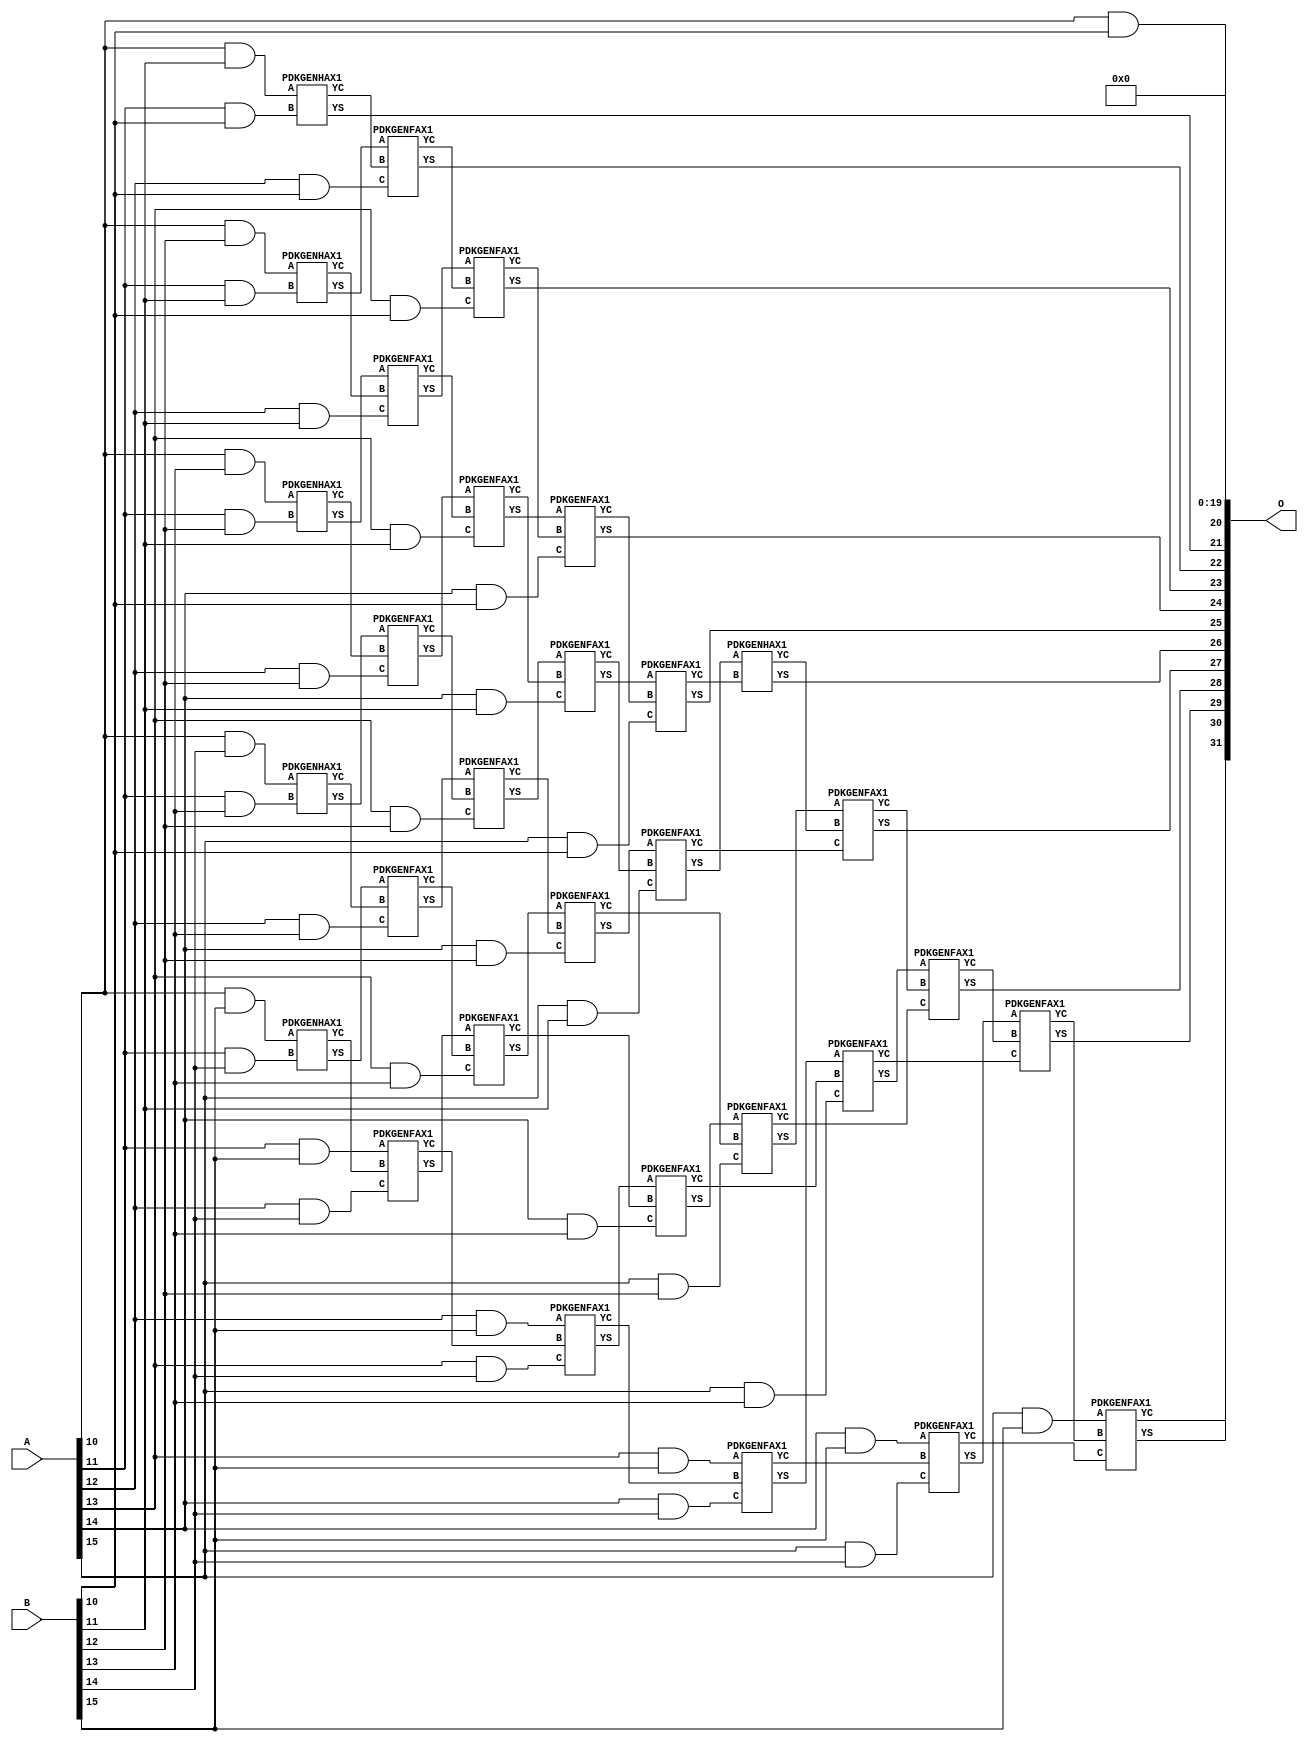
/***
* This code is a part of EvoApproxLib library (ehw.fit.vutbr.cz/approxlib) distributed under The MIT License.
* When used, please cite the following article(s): V. Mrazek, Z. Vasicek, L. Sekanina, H. Jiang and J. Han, "Scalable Construction of Approximate Multipliers With Formally Guaranteed Worst Case Error" in IEEE Transactions on Very Large Scale Integration (VLSI) Systems, vol. 26, no. 11, pp. 2572-2576, Nov. 2018. doi: 10.1109/TVLSI.2018.2856362 
* This file contains a circuit from a sub-set of pareto optimal circuits with respect to the pwr and mre parameters
***/
// MAE% = 0.77 %
// MAE = 33259520 
// WCE% = 3.10 %
// WCE = 133038081 
// WCRE% = 100.00 %
// EP% = 100.00 %
// MRE% = 9.15 %
// MSE = 15436.2e11 
// PDK45_PWR = 0.176 mW
// PDK45_AREA = 385.8 um2
// PDK45_DELAY = 1.01 ns


module mul16u_HGK ( A, B, O );
  input [15:0] A;
  input [15:0] B;
  output [31:0] O;

  wire C_11_10,C_11_11,C_11_12,C_11_13,C_11_14,C_12_10,C_12_11,C_12_12,C_12_13,C_12_14,C_13_10,C_13_11,C_13_12,C_13_13,C_13_14,C_14_10,C_14_11,C_14_12,C_14_13,C_14_14,C_15_10,C_15_11,C_15_12,C_15_13,C_15_14,C_16_10,C_16_11,C_16_12,C_16_13,C_16_14,S_10_10,S_10_11,S_10_12,S_10_13,S_10_14,S_10_15,S_11_10,S_11_11,S_11_12,S_11_13,S_11_14,S_11_15,S_11_9,S_12_10,S_12_11,S_12_12,S_12_13,S_12_14,S_12_15,S_12_8,S_12_9,S_13_10,S_13_11,S_13_12,S_13_13,S_13_14,S_13_15,S_13_7,S_13_8,S_13_9,S_14_10,S_14_11,S_14_12,S_14_13,S_14_14,S_14_15,S_14_6,S_14_7,S_14_8,S_14_9,S_15_10,S_15_11,S_15_12,S_15_13,S_15_14,S_15_15,S_15_5,S_15_6,S_15_7,S_15_8,S_15_9,S_16_10,S_16_11,S_16_12,S_16_13,S_16_14,S_16_15,S_16_4,S_16_5,S_16_6,S_16_7,S_16_8,S_16_9;

  assign S_10_10 = (A[10] & B[10]);
  assign S_10_11 = (A[10] & B[11]);
  assign S_10_12 = (A[10] & B[12]);
  assign S_10_13 = (A[10] & B[13]);
  assign S_10_14 = (A[10] & B[14]);
  assign S_10_15 = (A[10] & B[15]);
  assign S_11_9 = S_10_10;
  PDKGENHAX1 U10523 (.A(S_10_11), .B((A[11] & B[10])), .YS(S_11_10), .YC(C_11_10));
  PDKGENHAX1 U10524 (.A(S_10_12), .B((A[11] & B[11])), .YS(S_11_11), .YC(C_11_11));
  PDKGENHAX1 U10525 (.A(S_10_13), .B((A[11] & B[12])), .YS(S_11_12), .YC(C_11_12));
  PDKGENHAX1 U10526 (.A(S_10_14), .B((A[11] & B[13])), .YS(S_11_13), .YC(C_11_13));
  PDKGENHAX1 U10527 (.A(S_10_15), .B((A[11] & B[14])), .YS(S_11_14), .YC(C_11_14));
  assign S_11_15 = (A[11] & B[15]);
  assign S_12_8 = S_11_9;
  assign S_12_9 = S_11_10;
  PDKGENFAX1 U10539 (.A(S_11_11), .B(C_11_10), .C((A[12] & B[10])), .YS(S_12_10), .YC(C_12_10));
  PDKGENFAX1 U10540 (.A(S_11_12), .B(C_11_11), .C((A[12] & B[11])), .YS(S_12_11), .YC(C_12_11));
  PDKGENFAX1 U10541 (.A(S_11_13), .B(C_11_12), .C((A[12] & B[12])), .YS(S_12_12), .YC(C_12_12));
  PDKGENFAX1 U10542 (.A(S_11_14), .B(C_11_13), .C((A[12] & B[13])), .YS(S_12_13), .YC(C_12_13));
  PDKGENFAX1 U10543 (.A(S_11_15), .B(C_11_14), .C((A[12] & B[14])), .YS(S_12_14), .YC(C_12_14));
  assign S_12_15 = (A[12] & B[15]);
  assign S_13_7 = S_12_8;
  assign S_13_8 = S_12_9;
  assign S_13_9 = S_12_10;
  PDKGENFAX1 U10555 (.A(S_12_11), .B(C_12_10), .C((A[13] & B[10])), .YS(S_13_10), .YC(C_13_10));
  PDKGENFAX1 U10556 (.A(S_12_12), .B(C_12_11), .C((A[13] & B[11])), .YS(S_13_11), .YC(C_13_11));
  PDKGENFAX1 U10557 (.A(S_12_13), .B(C_12_12), .C((A[13] & B[12])), .YS(S_13_12), .YC(C_13_12));
  PDKGENFAX1 U10558 (.A(S_12_14), .B(C_12_13), .C((A[13] & B[13])), .YS(S_13_13), .YC(C_13_13));
  PDKGENFAX1 U10559 (.A(S_12_15), .B(C_12_14), .C((A[13] & B[14])), .YS(S_13_14), .YC(C_13_14));
  assign S_13_15 = (A[13] & B[15]);
  assign S_14_6 = S_13_7;
  assign S_14_7 = S_13_8;
  assign S_14_8 = S_13_9;
  assign S_14_9 = S_13_10;
  PDKGENFAX1 U10571 (.A(S_13_11), .B(C_13_10), .C((A[14] & B[10])), .YS(S_14_10), .YC(C_14_10));
  PDKGENFAX1 U10572 (.A(S_13_12), .B(C_13_11), .C((A[14] & B[11])), .YS(S_14_11), .YC(C_14_11));
  PDKGENFAX1 U10573 (.A(S_13_13), .B(C_13_12), .C((A[14] & B[12])), .YS(S_14_12), .YC(C_14_12));
  PDKGENFAX1 U10574 (.A(S_13_14), .B(C_13_13), .C((A[14] & B[13])), .YS(S_14_13), .YC(C_14_13));
  PDKGENFAX1 U10575 (.A(S_13_15), .B(C_13_14), .C((A[14] & B[14])), .YS(S_14_14), .YC(C_14_14));
  assign S_14_15 = (A[14] & B[15]);
  assign S_15_5 = S_14_6;
  assign S_15_6 = S_14_7;
  assign S_15_7 = S_14_8;
  assign S_15_8 = S_14_9;
  assign S_15_9 = S_14_10;
  PDKGENFAX1 U10587 (.A(S_14_11), .B(C_14_10), .C((A[15] & B[10])), .YS(S_15_10), .YC(C_15_10));
  PDKGENFAX1 U10588 (.A(S_14_12), .B(C_14_11), .C((A[15] & B[11])), .YS(S_15_11), .YC(C_15_11));
  PDKGENFAX1 U10589 (.A(S_14_13), .B(C_14_12), .C((A[15] & B[12])), .YS(S_15_12), .YC(C_15_12));
  PDKGENFAX1 U10590 (.A(S_14_14), .B(C_14_13), .C((A[15] & B[13])), .YS(S_15_13), .YC(C_15_13));
  PDKGENFAX1 U10591 (.A(S_14_15), .B(C_14_14), .C((A[15] & B[14])), .YS(S_15_14), .YC(C_15_14));
  assign S_15_15 = (A[15] & B[15]);
  assign S_16_4 = S_15_5;
  assign S_16_5 = S_15_6;
  assign S_16_6 = S_15_7;
  assign S_16_7 = S_15_8;
  assign S_16_8 = S_15_9;
  assign S_16_9 = S_15_10;
  PDKGENHAX1 U10603 (.A(S_15_11), .B(C_15_10), .YS(S_16_10), .YC(C_16_10));
  PDKGENFAX1 U10604 (.A(S_15_12), .B(C_16_10), .C(C_15_11), .YS(S_16_11), .YC(C_16_11));
  PDKGENFAX1 U10605 (.A(S_15_13), .B(C_16_11), .C(C_15_12), .YS(S_16_12), .YC(C_16_12));
  PDKGENFAX1 U10606 (.A(S_15_14), .B(C_16_12), .C(C_15_13), .YS(S_16_13), .YC(C_16_13));
  PDKGENFAX1 U10607 (.A(S_15_15), .B(C_16_13), .C(C_15_14), .YS(S_16_14), .YC(C_16_14));
  assign S_16_15 = C_16_14;
  assign O = {S_16_15,S_16_14,S_16_13,S_16_12,S_16_11,S_16_10,S_16_9,S_16_8,S_16_7,S_16_6,S_16_5,S_16_4,1'b0,1'b0,1'b0,1'b0,1'b0,1'b0,1'b0,1'b0,1'b0,1'b0,1'b0,1'b0,1'b0,1'b0,1'b0,1'b0,1'b0,1'b0,1'b0,1'b0};

endmodule

/* mod */
module PDKGENHAX1( input A, input B, output YS, output YC );
    assign YS = A ^ B;
    assign YC = A & B;
endmodule
/* mod */
module PDKGENFAX1( input A, input B, input C, output YS, output YC );
    assign YS = (A ^ B) ^ C;
    assign YC = (A & B) | (B & C) | (A & C);
endmodule